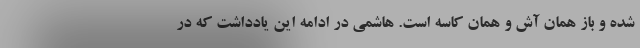
شده و باز همان آش و همان کاسه است. هاشمی در ادامه این یادداشت که در